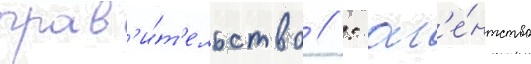
прав'и́т'ельство // : аг'е́нтство